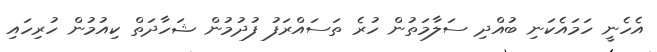
އެހެނީ ހަމައެކަނި ބުއްދި ސަލާމަތުން ހުރެ ތަސައްރަފު ފުދުމުން ޝަހާދަތް ކިއުމުން ހުރިހައި